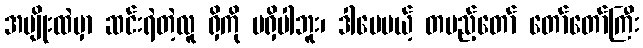
အမျိုးထဲမှာ ဆင်းရဲတဲ့လူ ရှိကို မရှိပါဘူး၊ ဒါပေမယ့် တပည့်တော် တော်တော်ကြီး